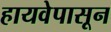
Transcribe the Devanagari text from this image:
हायवेपासून